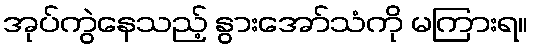
အုပ်ကွဲနေသည့် နွားအော်သံကို မကြားရ။